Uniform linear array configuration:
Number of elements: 32
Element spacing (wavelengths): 1
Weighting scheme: exponential
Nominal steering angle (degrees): -30
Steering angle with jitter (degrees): -30.759
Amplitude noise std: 0.05
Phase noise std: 0.05

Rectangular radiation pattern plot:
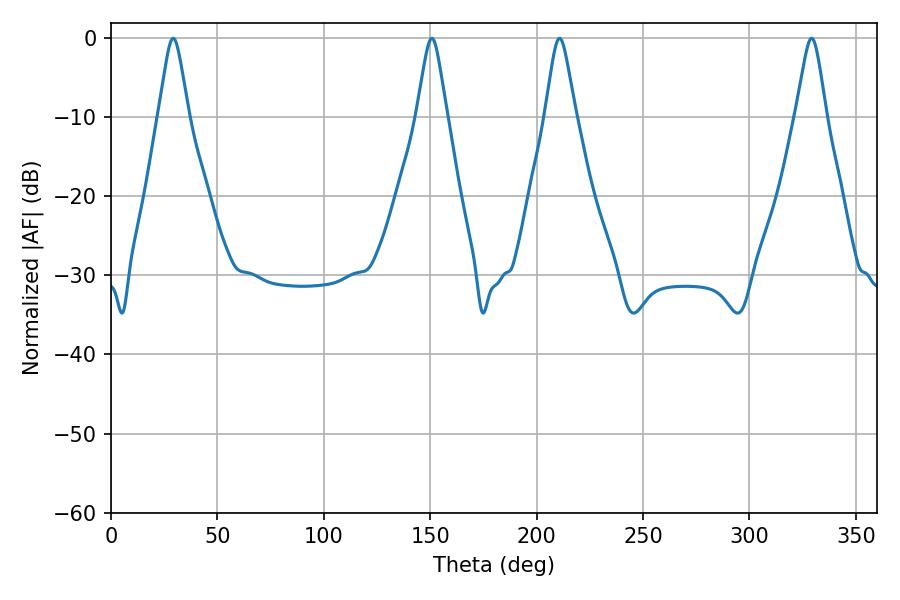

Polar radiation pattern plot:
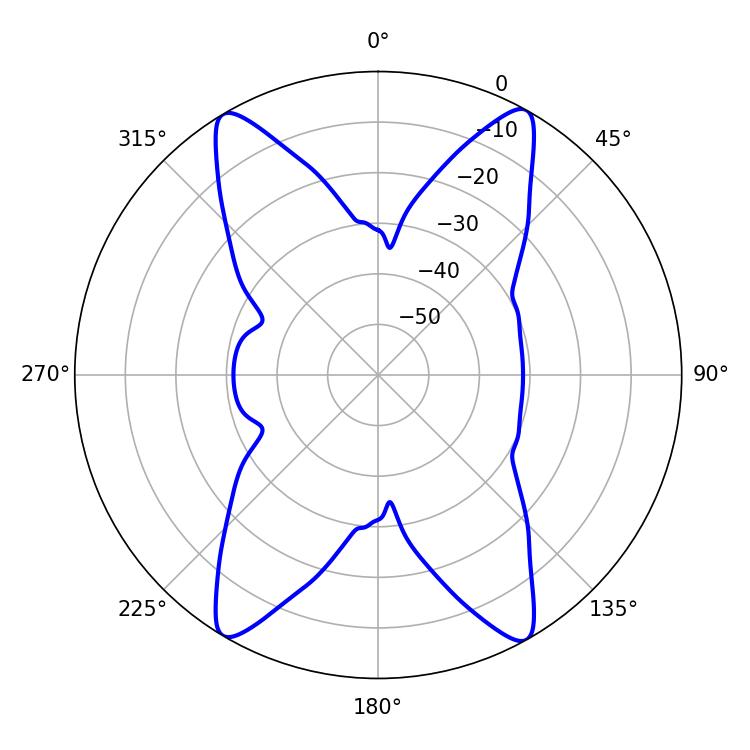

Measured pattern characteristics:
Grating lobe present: TRUE
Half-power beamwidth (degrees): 6.66
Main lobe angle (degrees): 210.78